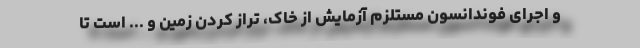
و اجرای فوندانسون مستلزم آزمایش از خاک، تراز کردن زمین و ... است تا